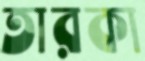
তারকা